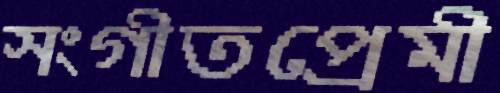
সংগীতপ্রেমী